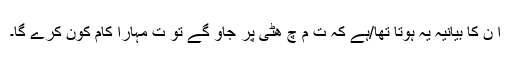
ا ن کا بیانیہ یہ ہوتا تھا/ہے کہ ت م چ ھٹی پر جاؤ گے تو ت مہارا کام کون کرے گا۔